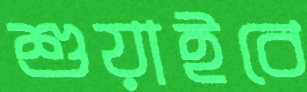
শুয়াইবে